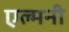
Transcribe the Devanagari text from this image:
एल्मनी